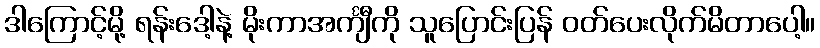
ဒါကြောင့်မို့ ရန်းဒေါ့နဲ့ မိုးကာအင်္ကျီကို သူပြောင်းပြန် ဝတ်ပေးလိုက်မိတာပေါ့။